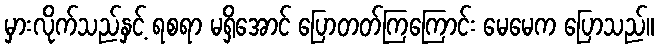
မှားလိုက်သည်နှင့် ရစရာ မရှိအောင် ပြောတတ်ကြကြောင်း မေမေက ပြောသည်။